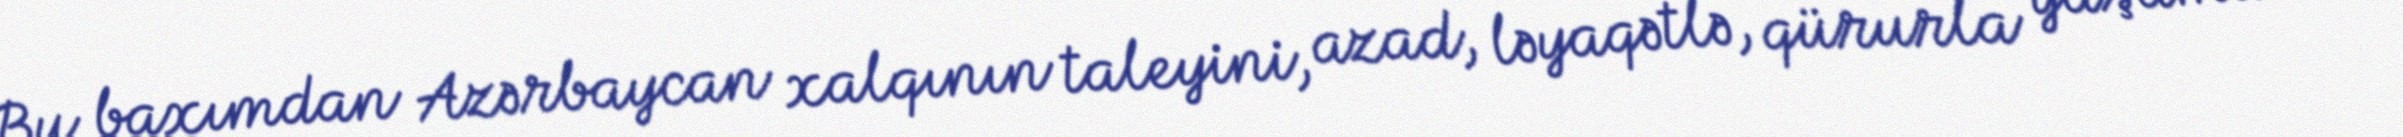
Bu baxımdan Azərbaycan xalqının taleyini, azad, ləyaqətlə, qürurla yaşamını